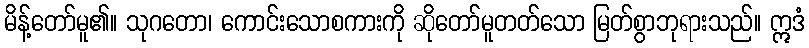
မိန့်တော်မူ၏။ သုဂတော၊ ကောင်းသောစကားကို ဆိုတော်မူတတ်သော မြတ်စွာဘုရားသည်။ ဣဒံ